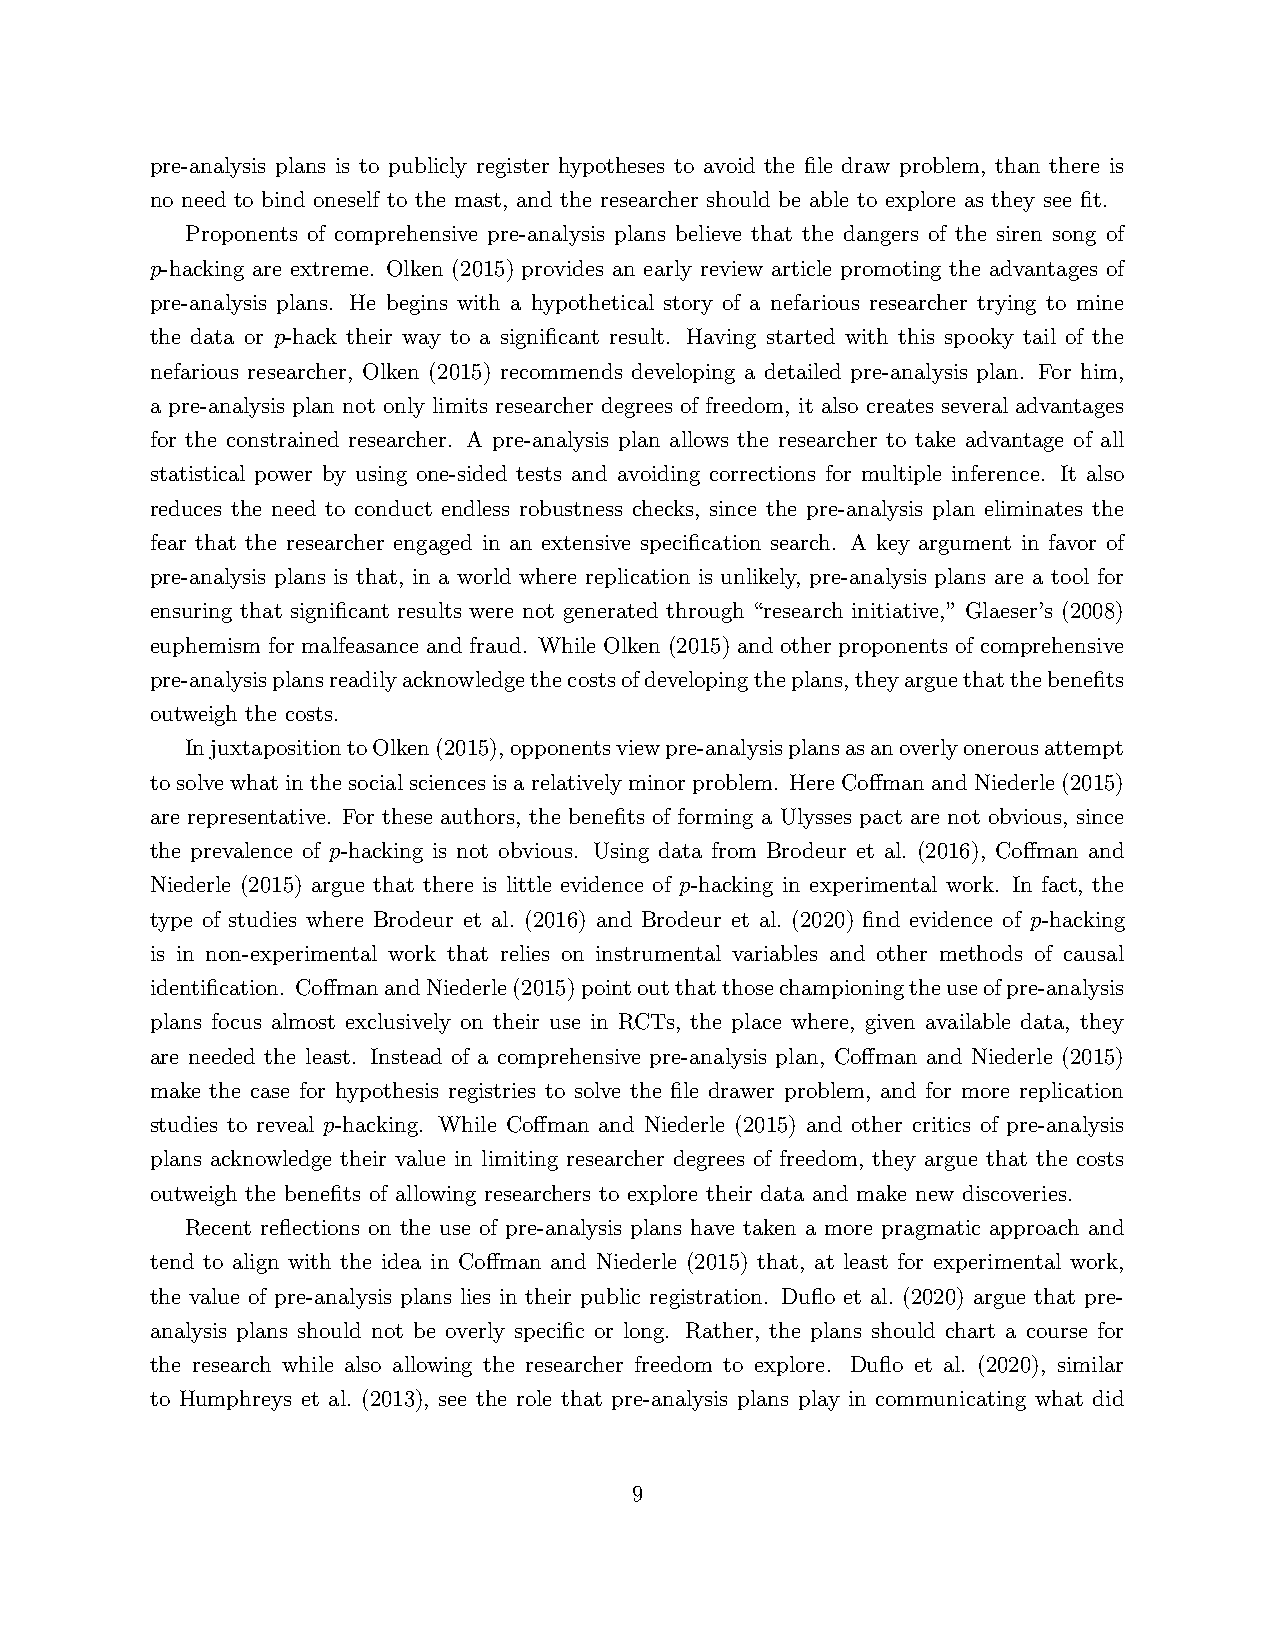
pre-analysis plans is to publicly register hypotheses to avoid the file draw problem, than there is
 no need to bind oneself to the mast, and the researcher should be able to explore as they see fit.
 Proponents of comprehensive pre-analysis plans believe that the dangers of the siren song of
 p-hacking are extreme. Olken (2015) provides an early review article promoting the advantages of
 pre-analysis plans. He begins with a hypothetical story of a nefarious researcher trying to mine
 the data or p-hack their way to a significant result. Having started with this spooky tail of the
 nefarious researcher, Olken (2015) recommends developing a detailed pre-analysis plan. For him,
 a pre-analysis plan not only limits researcher degrees of freedom, it also creates several advantages
 for the constrained researcher. A pre-analysis plan allows the researcher to take advantage of all
 statistical power by using one-sided tests and avoiding corrections for multiple inference. It also
 reduces the need to conduct endless robustness checks, since the pre-analysis plan eliminates the
 fear that the researcher engaged in an extensive specification search. A key argument in favor of
 pre-analysis plans is that, in a world where replication is unlikely, pre-analysis plans are a tool for
 ensuring that significant results were not generated through “research initiative,” Glaeser’s (2008)
 euphemism for malfeasance and fraud. While Olken (2015) and other proponents of comprehensive
 pre-analysisplansreadilyacknowledgethecostsofdevelopingtheplans,theyarguethatthebenefits
 outweigh the costs.
 InjuxtapositiontoOlken(2015),opponentsviewpre-analysisplansasanoverlyonerousattempt
 tosolvewhatinthesocialsciencesisarelativelyminorproblem. HereCoffmanandNiederle(2015)
 are representative. For these authors, the benefits of forming a Ulysses pact are not obvious, since
 the prevalence of p-hacking is not obvious. Using data from Brodeur et al. (2016), Coffman and
 Niederle (2015) argue that there is little evidence of p-hacking in experimental work. In fact, the
 type of studies where Brodeur et al. (2016) and Brodeur et al. (2020) find evidence of p-hacking
 is in non-experimental work that relies on instrumental variables and other methods of causal
 identification. CoffmanandNiederle(2015)pointoutthatthosechampioningtheuseofpre-analysis
 plans focus almost exclusively on their use in RCTs, the place where, given available data, they
 are needed the least. Instead of a comprehensive pre-analysis plan, Coffman and Niederle (2015)
 make the case for hypothesis registries to solve the file drawer problem, and for more replication
 studies to reveal p-hacking. While Coffman and Niederle (2015) and other critics of pre-analysis
 plans acknowledge their value in limiting researcher degrees of freedom, they argue that the costs
 outweigh the benefits of allowing researchers to explore their data and make new discoveries.
 Recent reflections on the use of pre-analysis plans have taken a more pragmatic approach and
 tend to align with the idea in Coffman and Niederle (2015) that, at least for experimental work,
 the value of pre-analysis plans lies in their public registration. Duflo et al. (2020) argue that pre-
 analysis plans should not be overly specific or long. Rather, the plans should chart a course for
 the research while also allowing the researcher freedom to explore. Duflo et al. (2020), similar
 to Humphreys et al. (2013), see the role that pre-analysis plans play in communicating what did
 9